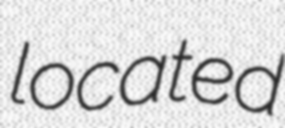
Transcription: located